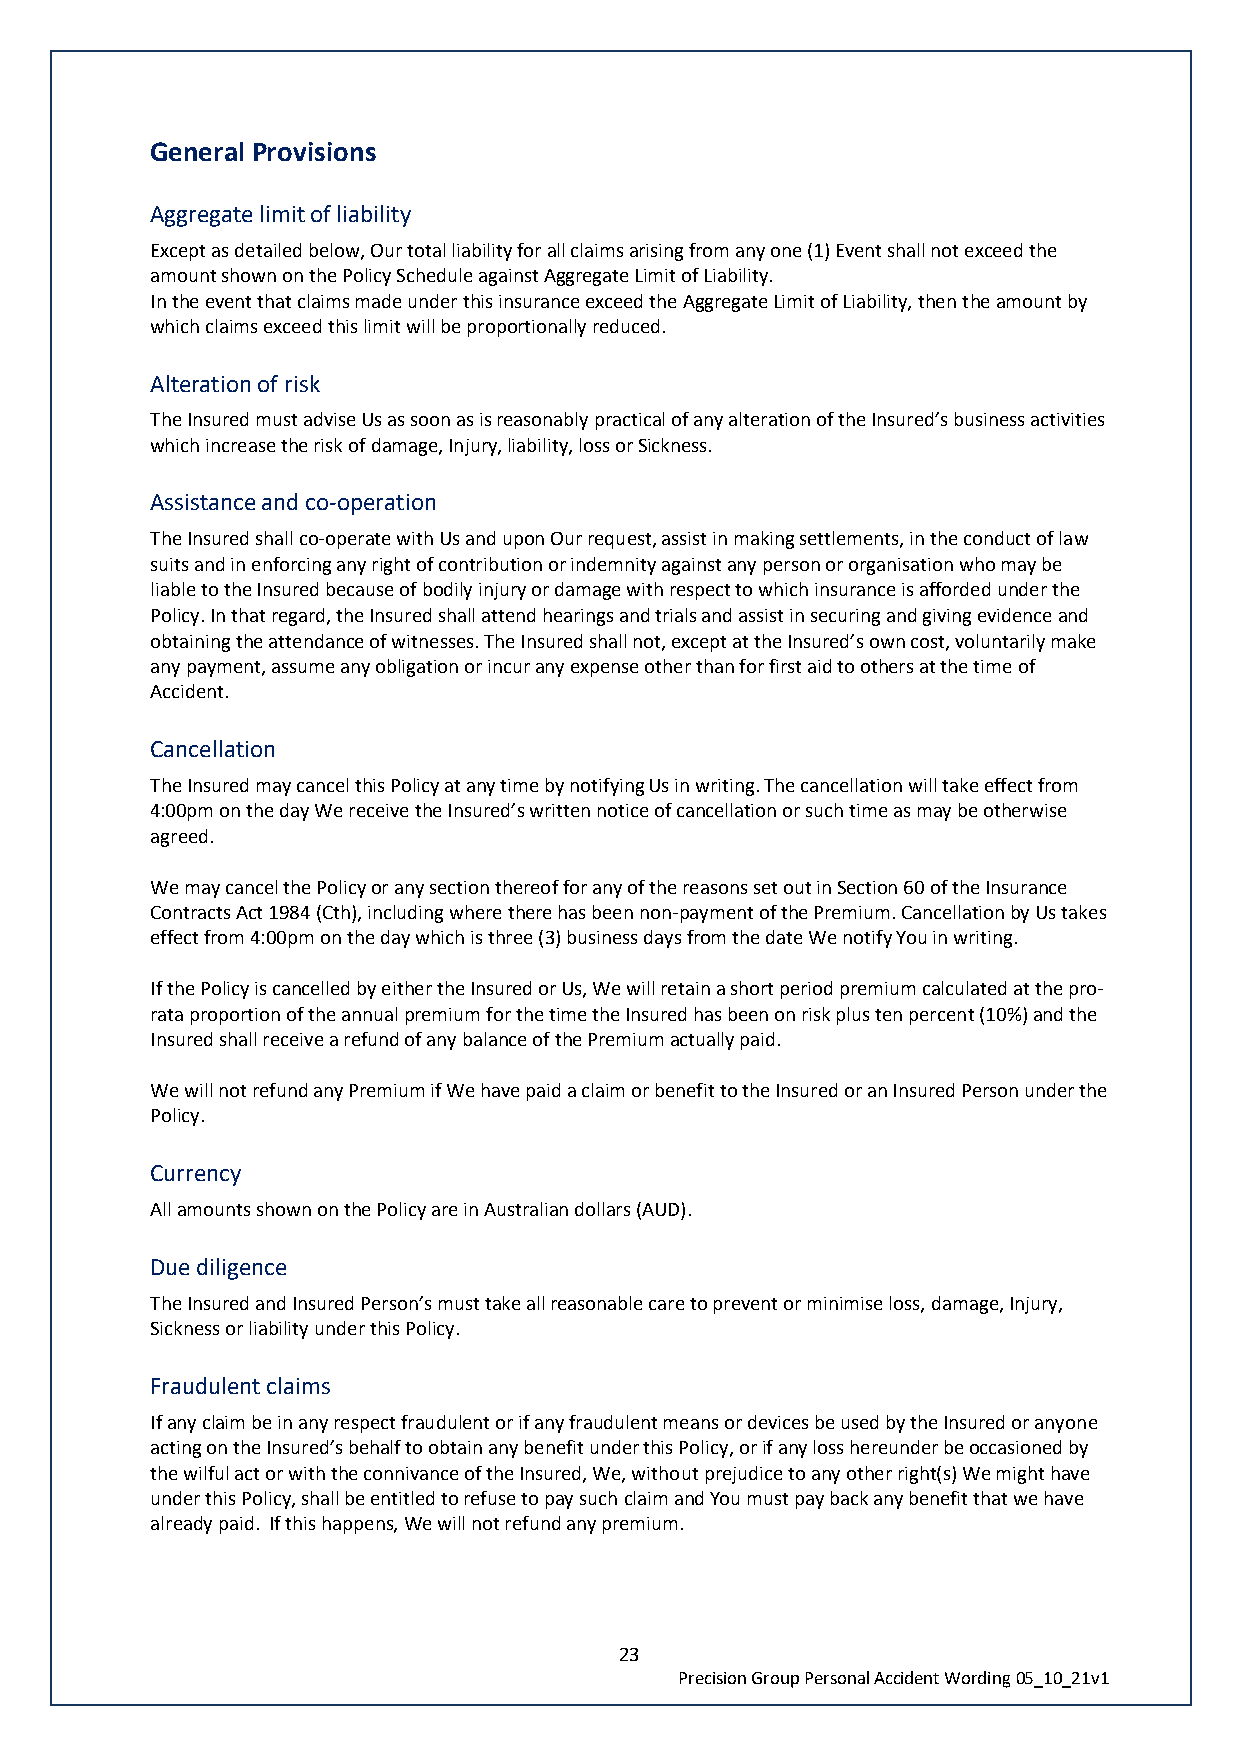
General Provisions
 Aggregate limit of liability
 Except as detailed below, Our total liability for all claims arising from any one (1) Event shall not exceed the
 amount shown on the Policy Schedule against Aggregate Limit of Liability.
 In the event that claims made under this insurance exceed the Aggregate Limit of Liability, then the amount by
 which claims exceed this limit will be proportionally reduced.
 Alteration of risk
 The Insured must advise Us as soon as is reasonably practical of any alteration of the Insured’s business activities
 which increase the risk of damage, Injury, liability, loss or Sickness.
 Assistance and co-operation
 The Insured shall co-operate with Us and upon Our request, assist in making settlements, in the conduct of law
 suits and in enforcing any right of contribution or indemnity against any person or organisation who may be
 liable to the Insured because of bodily injury or damage with respect to which insurance is afforded under the
 Policy. In that regard, the Insured shall attend hearings and trials and assist in securing and giving evidence and
 obtaining the attendance of witnesses. The Insured shall not, except at the Insured’s own cost, voluntarily make
 any payment, assume any obligation or incur any expense other than for first aid to others at the time of
 Accident.
 Cancellation
 The Insured may cancel this Policy at any time by notifying Us in writing. The cancellation will take effect from
 4:00pm on the day We receive the Insured’s written notice of cancellation or such time as may be otherwise
 agreed.
 We may cancel the Policy or any section thereof for any of the reasons set out in Section 60 of the Insurance
 Contracts Act 1984 (Cth), including where there has been non-payment of the Premium. Cancellation by Us takes
 effect from 4:00pm on the day which is three (3) business days from the date We notify You in writing.
 If the Policy is cancelled by either the Insured or Us, We will retain a short period premium calculated at the pro-
 rata proportion of the annual premium for the time the Insured has been on risk plus ten percent (10%) and the
 Insured shall receive a refund of any balance of the Premium actually paid.
 We will not refund any Premium if We have paid a claim or benefit to the Insured or an Insured Person under the
 Policy.
 Currency
 All amounts shown on the Policy are in Australian dollars (AUD).
 Due diligence
 The Insured and Insured Person’s must take all reasonable care to prevent or minimise loss, damage, Injury,
 Sickness or liability under this Policy.
 Fraudulent claims
 If any claim be in any respect fraudulent or if any fraudulent means or devices be used by the Insured or anyone
 acting on the Insured’s behalf to obtain any benefit under this Policy, or if any loss hereunder be occasioned by
 the wilful act or with the connivance of the Insured, We, without prejudice to any other right(s) We might have
 under this Policy, shall be entitled to refuse to pay such claim and You must pay back any benefit that we have
 already paid. If this happens, We will not refund any premium.
 23
 Precision Group Personal Accident Wording 05_10_21v1